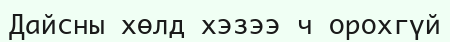
Дайсны хөлд хэзээ ч орохгүй